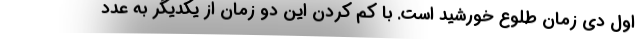
اول دی زمان طلوع خورشید است. با کم کردن این دو زمان از یکدیگر به عدد